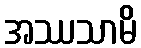
အဿသာမိ